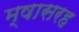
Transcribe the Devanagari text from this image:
म्षासरह